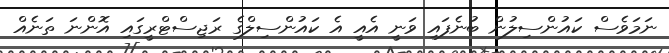
ނަމަވެސް ކައުންސިލުން ބުނެފައި ވަނީ އެއީ އެ ކައުންސިލްގެ ރަޖިސްޓްރީގައި އޮންނަ ތަނެއް